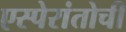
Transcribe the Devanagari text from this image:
एस्पेरांतोची